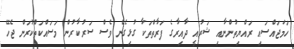
ހަމަޖައްސައި ރައްޔިތުންނާއި ޝަރުއީ ދާއިރާގެ ފަރާތްތަކާ ގުޅިގެން ވެސް ސަރުކާރުން މަސައްކަތްކުރަން ޖެހޭ